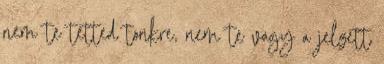
nem te tetted tonkre, nem te vagy a jelzett